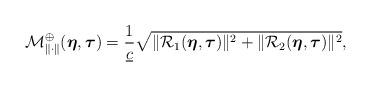
LaTeX: \begin{align*} \mathcal{M}_{\|\cdot\|}^{\oplus}(\boldsymbol{\eta},\boldsymbol{\tau}) = \frac{1}{\underline{c}} \sqrt{\|\mathcal{R}_1(\boldsymbol{\eta},\boldsymbol{\tau})\|^2 + \|\mathcal{R}_2(\boldsymbol{\eta},\boldsymbol{\tau})\|^2}, \end{align*}